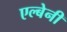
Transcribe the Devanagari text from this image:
एल्बेनी